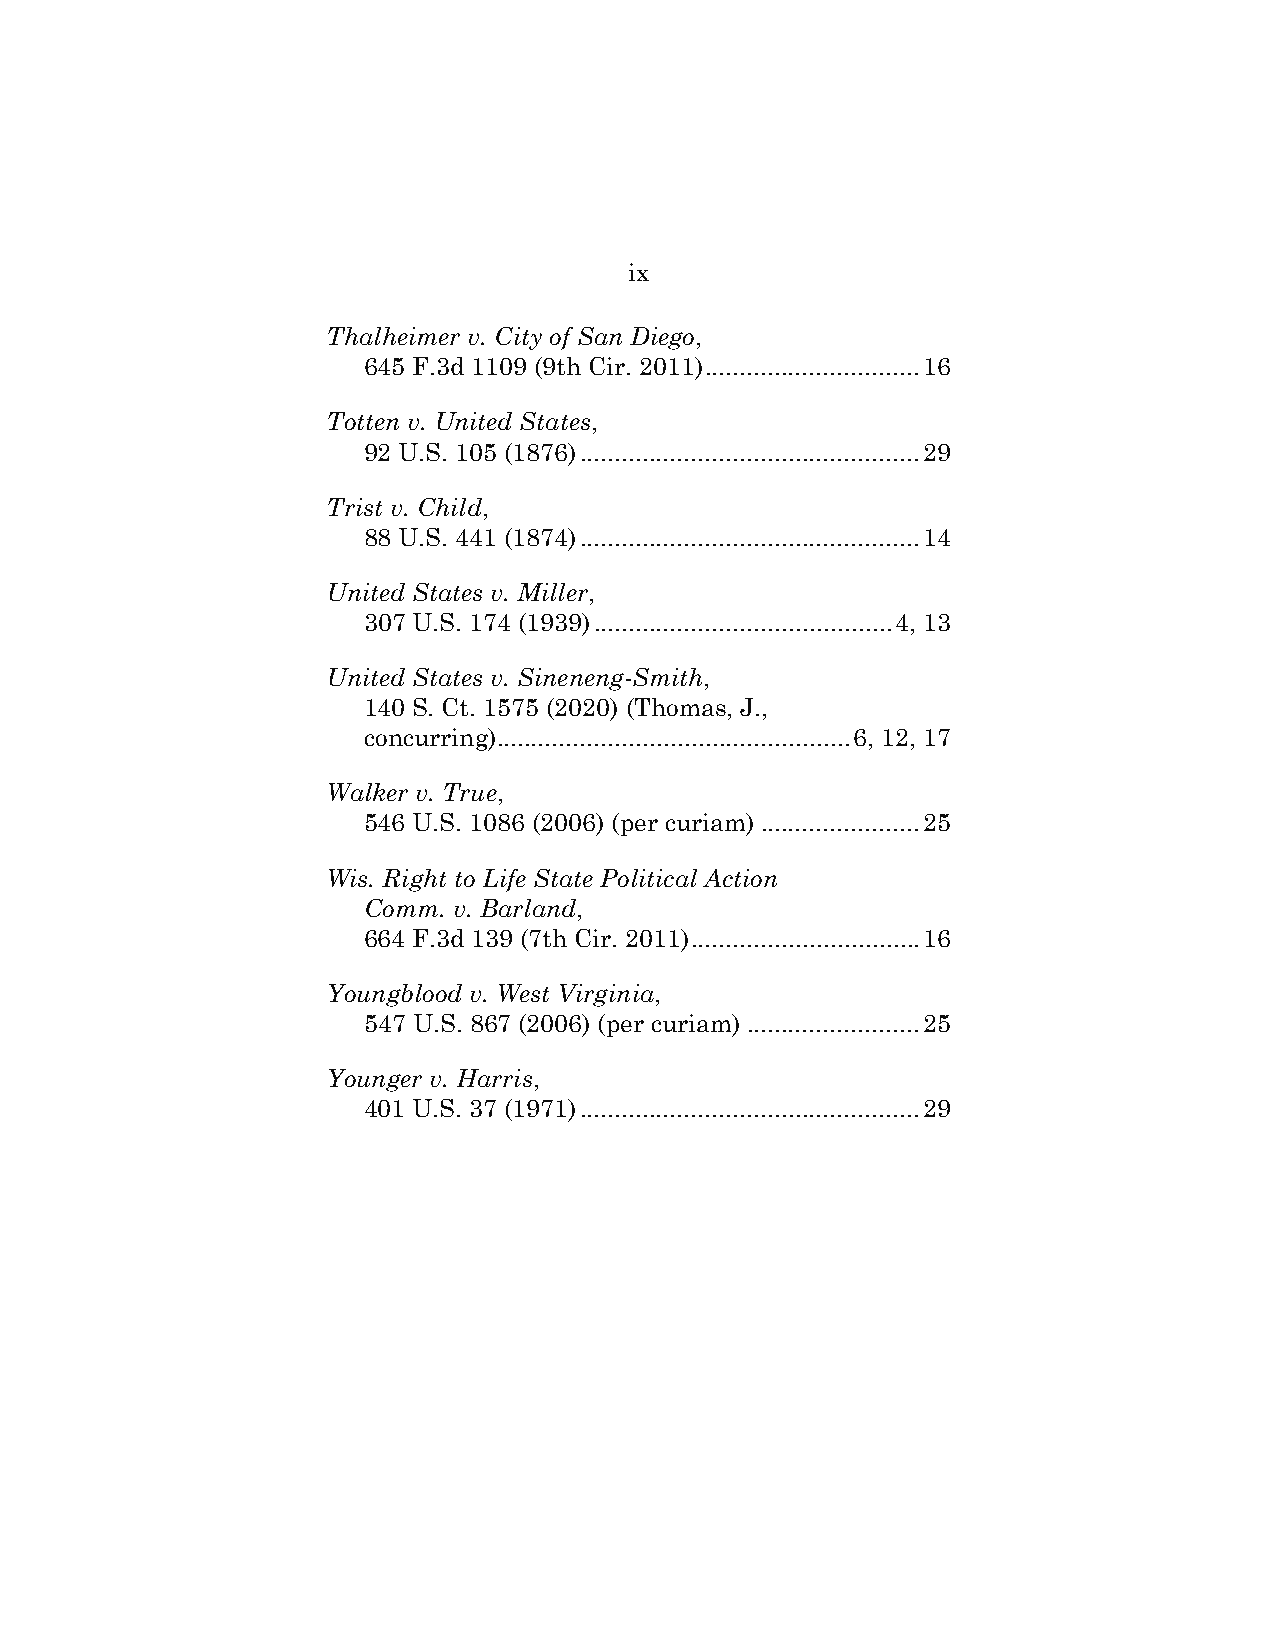
ix
 Thalheimer v. City of San Diego,
 645 F.3d 1109 (9th Cir. 2011) ............................... 16
 Totten v. United States,
 92 U.S. 105 (1876) ................................................. 29
 Trist v. Child,
 88 U.S. 441 (1874) ................................................. 14
 United States v. Miller,
 307 U.S. 174 (1939) ........................................... 4, 13
 United States v. Sineneng-Smith,
 140 S. Ct. 1575 (2020) (Thomas, J.,
 concurring) ................................................... 6, 12, 17
 Walker v. True,
 546 U.S. 1086 (2006) (per curiam) ....................... 25
 Wis. Right to Life State Political Action
 Comm. v. Barland,
 664 F.3d 139 (7th Cir. 2011) ................................. 16
 Youngblood v. West Virginia,
 547 U.S. 867 (2006) (per curiam) ......................... 25
 Younger v. Harris,
 401 U.S. 37 (1971) ................................................. 29